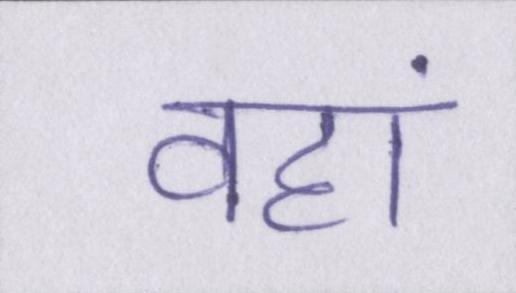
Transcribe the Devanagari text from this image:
वहां